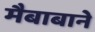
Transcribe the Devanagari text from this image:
मैबाबाने